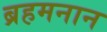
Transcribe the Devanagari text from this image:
ब्रहमनान